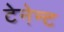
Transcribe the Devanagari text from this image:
टेनेन्ट